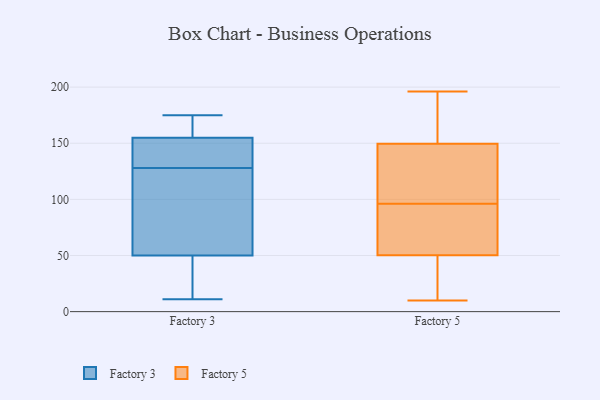
{"axis": {"x": "Customer Acquisition Cost (USD)", "y": "Value"}, "legend": ["Factory 3", "Factory 5"], "data": [{"x": "", "y": 50, "type": "Factory 3"}, {"x": "", "y": 126, "type": "Factory 3"}, {"x": "", "y": 155, "type": "Factory 3"}, {"x": "", "y": 11, "type": "Factory 3"}, {"x": "", "y": 161, "type": "Factory 3"}, {"x": "", "y": 175, "type": "Factory 3"}, {"x": "", "y": 130, "type": "Factory 3"}, {"x": "", "y": 110, "type": "Factory 3"}, {"x": "", "y": 139, "type": "Factory 3"}, {"x": "", "y": 43, "type": "Factory 3"}, {"x": "", "y": 36, "type": "Factory 5"}, {"x": "", "y": 100, "type": "Factory 5"}, {"x": "", "y": 75, "type": "Factory 5"}, {"x": "", "y": 97, "type": "Factory 5"}, {"x": "", "y": 10, "type": "Factory 5"}, {"x": "", "y": 167, "type": "Factory 5"}, {"x": "", "y": 147, "type": "Factory 5"}, {"x": "", "y": 58, "type": "Factory 5"}, {"x": "", "y": 187, "type": "Factory 5"}, {"x": "", "y": 154, "type": "Factory 5"}, {"x": "", "y": 196, "type": "Factory 5"}, {"x": "", "y": 51, "type": "Factory 5"}, {"x": "", "y": 148, "type": "Factory 5"}, {"x": "", "y": 65, "type": "Factory 5"}, {"x": "", "y": 48, "type": "Factory 5"}, {"x": "", "y": 96, "type": "Factory 5"}, {"x": "", "y": 21, "type": "Factory 5"}]}